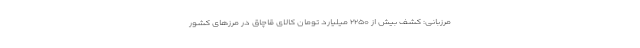
مرزبانی: کشف بیش از ۲۲۵۰ میلیارد تومان کالای قاچاق در مرزهای کشور